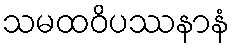
သမထဝိပဿနာနံ